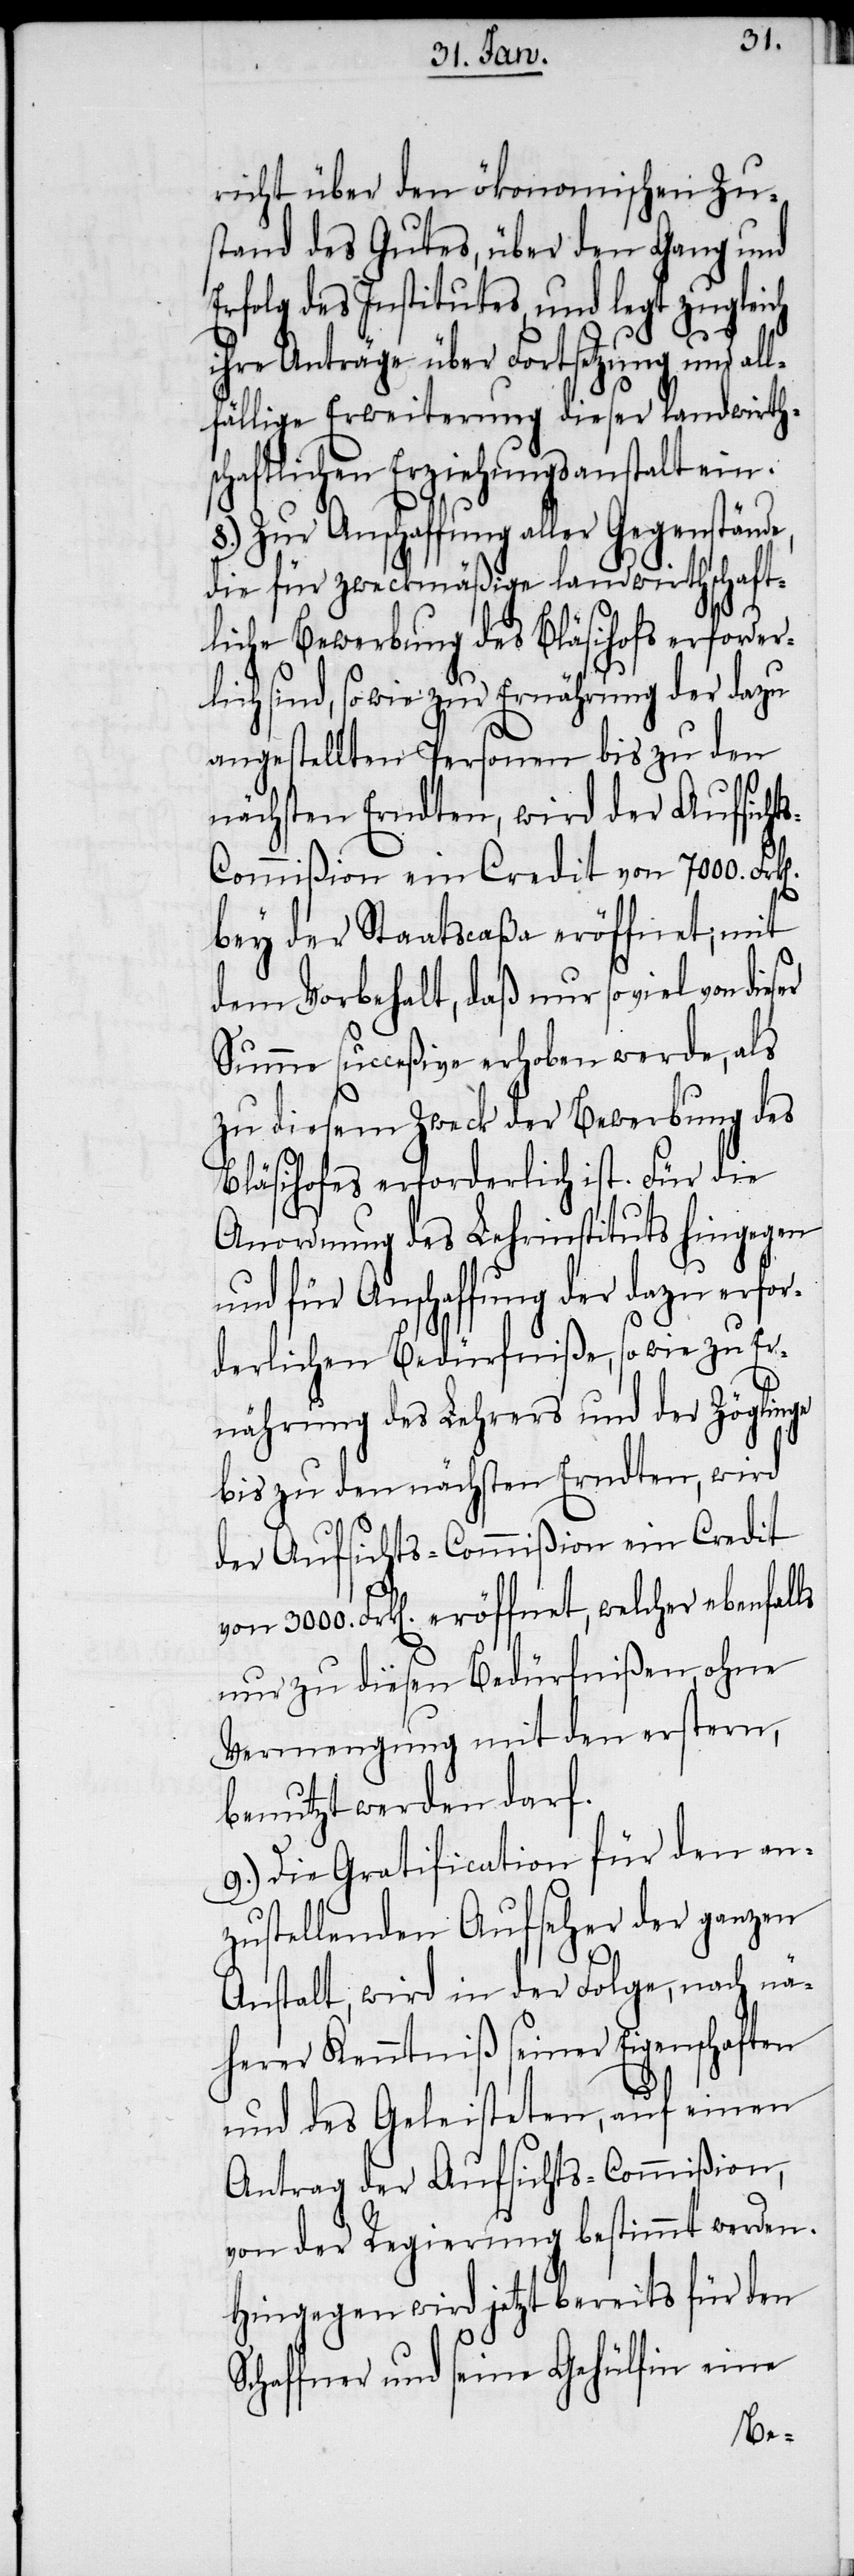
richt über den ökonomischen Zu¬
stand des Gutes, über den Gang und
Erfolg des Institutes, und legt zugleich
ihre Anträge über Fortsetzung und all¬
fällige Erweiterung dieser landwirth¬
schaftlichen Erziehungsanstalt ein.
8.) Zur Anschaffung aller Gegenstände,
die für zweckmäßige landwirthschaft¬
liche Bewerbung des Bläsihofs erforder¬
lich sind, sowie zur Ernährung der dazu
angestellten Personen bis zu den
nächsten Erndten, wird der Aufsicht¬
s-Commißion ein Credit von 7000.
bey der Staatscaßa eröffnet; mit
dem Vorbehalt, daß nur so viel von
Summe succeßive erhoben werde, als
zu diesem Zweck der Bewerbung des
Bläsihofes erforderlich ist. Für die
Anordnung des Lehrinstituts hingegen
und für Anschaffung der dazu erfor¬
derlichen Bedürfniße, so wie zu Er¬
nährung des Lehrers und der Zöglinge
bis zu den nächsten Erndten, wird
der Aufsichts-Commißion ein Credit
von 3000. Frk[en]. eröffnet, welcher ebenfalls
nur zu diesen Bedürfnißen, ohne
Vermengung mit den erstern,
benutzt werden darf.
9.) Die Gratification für den an¬
zustellenden Aufseher der ganzen
Anstalt, wird in der Folge, nach nä¬
herer Kenntniß seiner Eigenschaften
und des Geleisteten, auf einen
Antrag der Aufsichts-Commißion,
von der Regierung bestimmt werden.
Hingegen wird jetzt bereits für den
Schaffner und seine Gehülfin eine